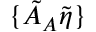
\{ \tilde { A } _ { A } \tilde { \eta } \}